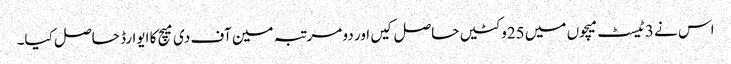
اس نے 3ٹیسٹ میچوں میں 25وکٹیں حاصل کیں اور دو مرتبہ مین آف دی میچ کا ایوارڈ حاصل کیا۔